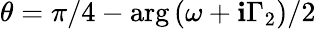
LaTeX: \theta={\pi}/4-\arg{\left(\omega+\mathbf{i}\Gamma_{2}\right)}/2